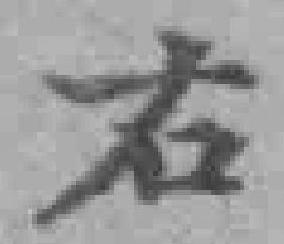
右